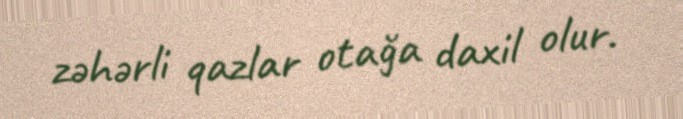
zəhərli qazlar otağa daxil olur.